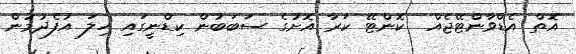
އޮތް އެޑްވާންޓޭޖެއް  ކޮންޓޭ ކަރާ އޮށުގެ ސަބަބުން ކިޑްނީގައި ހިލަ އުފެދުމުން